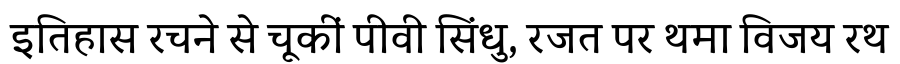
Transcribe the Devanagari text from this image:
इतिहास रचने से चूकीं पीवी सिंधु, रजत पर थमा विजय रथ